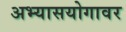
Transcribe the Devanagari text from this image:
अभ्यासयोगावर